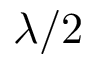
\lambda / 2